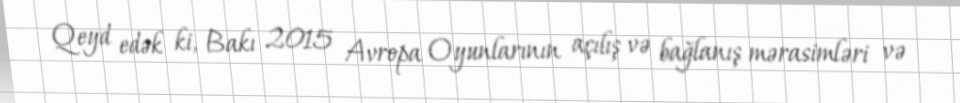
Qeyd edək ki, Bakı 2015 Avropa Oyunlarının açılış və bağlanış mərasimləri və